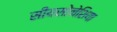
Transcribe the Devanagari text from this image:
सीयसोनेशिया